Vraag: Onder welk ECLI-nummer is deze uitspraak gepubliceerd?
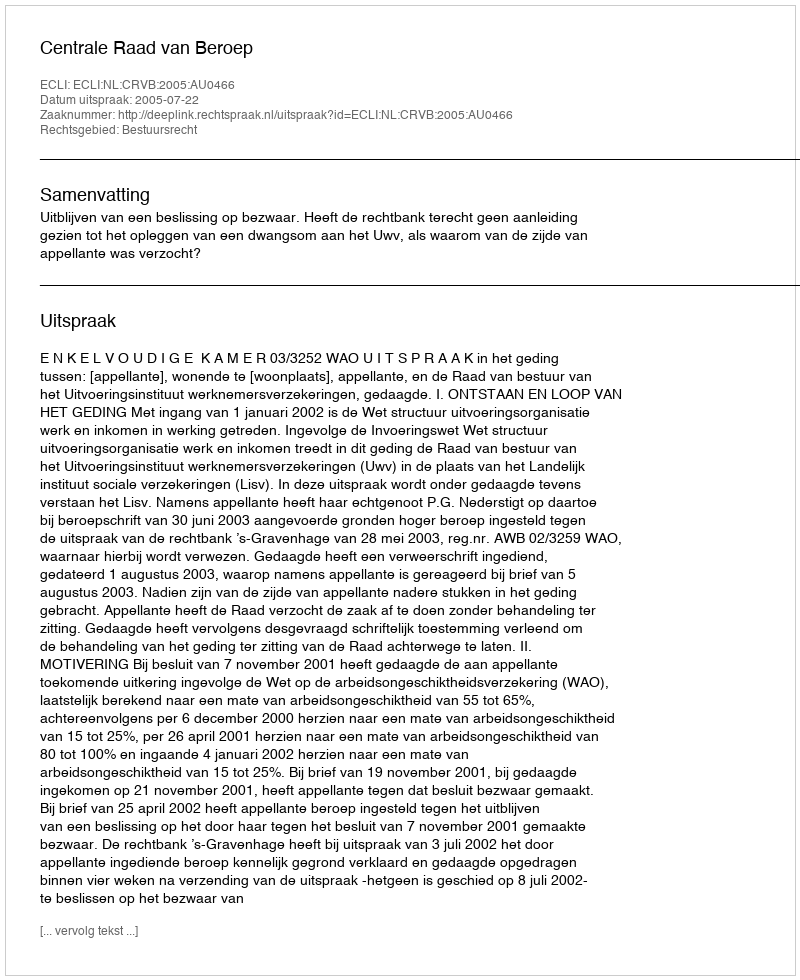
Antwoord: ECLI:NL:CRVB:2005:AU0466